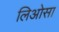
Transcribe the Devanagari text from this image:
लिओसा